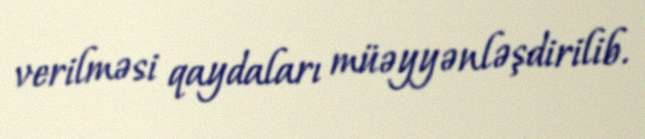
verilməsi qaydaları müəyyənləşdirilib.